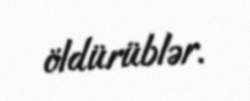
öldürüblər.